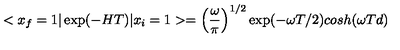
< x _ { f } = 1 \vert \exp ( - H T ) \vert x _ { i } = 1 > = \left( { \frac { \omega } { \pi } } \right) ^ { 1 / 2 } \exp ( - \omega T / 2 ) c o s h ( \omega T d )